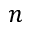
n